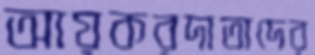
আয়করদাতাদের